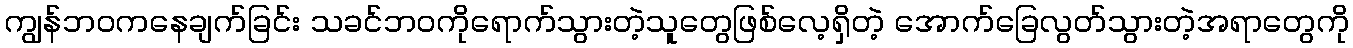
ကျွန်ဘဝကနေချက်ခြင်း သခင်ဘဝကိုရောက်သွားတဲ့သူတွေဖြစ်လေ့ရှိတဲ့ အောက်ခြေလွတ်သွားတဲ့အရာတွေကို